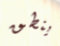
ينطق